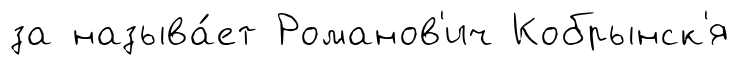
за называ́ет Романов'ич Кобрынск'я